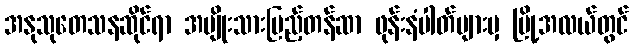
အနုသုတေသနဆိုင်ရာ အမျိုးသားပြည့်တန်ဆာ ဖုန်းနံပါတ်များမှ မြို့အလယ်တွင်